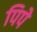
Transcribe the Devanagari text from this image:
पिपे